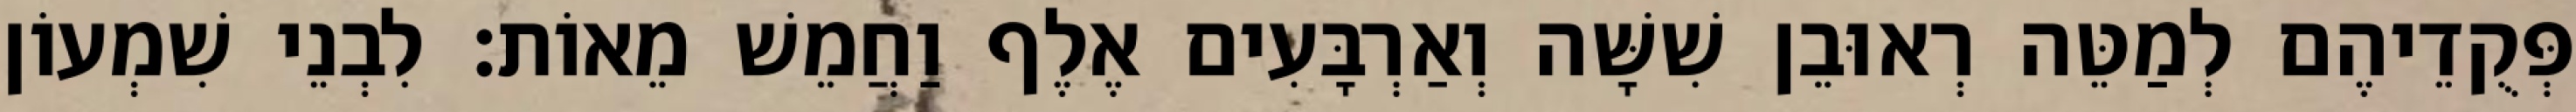
פְּקֻדֵיהֶם לְמַטֵּה רְאוּבֵן שִׁשָּׁה וְאַרְבָּעִים אֶלֶף וַחֲמֵשׁ מֵאוֹת׃ לִבְנֵי שִׁמְעוֹן